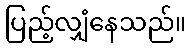
ပြည့်လျှံနေသည်။